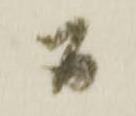
間